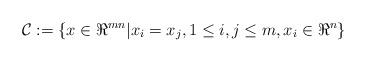
LaTeX: \begin{align*}\mathcal{C}:=\{ x \in \Re^{mn} | x_{i}=x_{j}, 1 \leq i,j \leq m, x_{i} \in \Re^{n} \}\end{align*}